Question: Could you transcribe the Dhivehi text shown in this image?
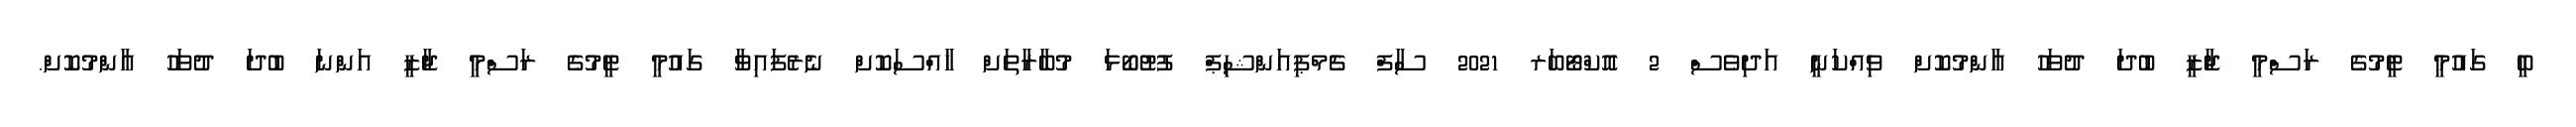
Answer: ބީ ގައުމީ ޓީމުގެ ރަސްމީ ޖާޒީ ބުދަ ދުވަހު އާންމުކޮށް ވިއްކަނީ އަދިވެސް 2 އޮކްޓޯބަރ 2021 ސާފް ޗެމްޕިއަންޝިޕް ފުޓުބޯޅަ މުބާރާތަށް ޚާއްސަކޮށް ނެރެފައިވާ ގައުމީ ޓީމުގެ ރަސްމީ ޖާޒީ އަންނަ ބުދަ ދުވަހު އާންމުކޮށް.